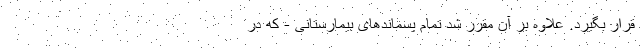
قرار بگیرد. علاوه بر آن مقرر شد تمام پسماندهای بیمارستانی - که در